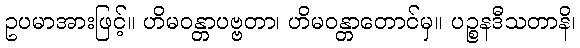
ဥပမာအားဖြင့်။ ဟိမဝန္တာပဗ္ဗတာ၊ ဟိမဝန္တာတောင်မှ။ ပဉ္စနဒီသတာနိ၊